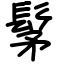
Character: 髳